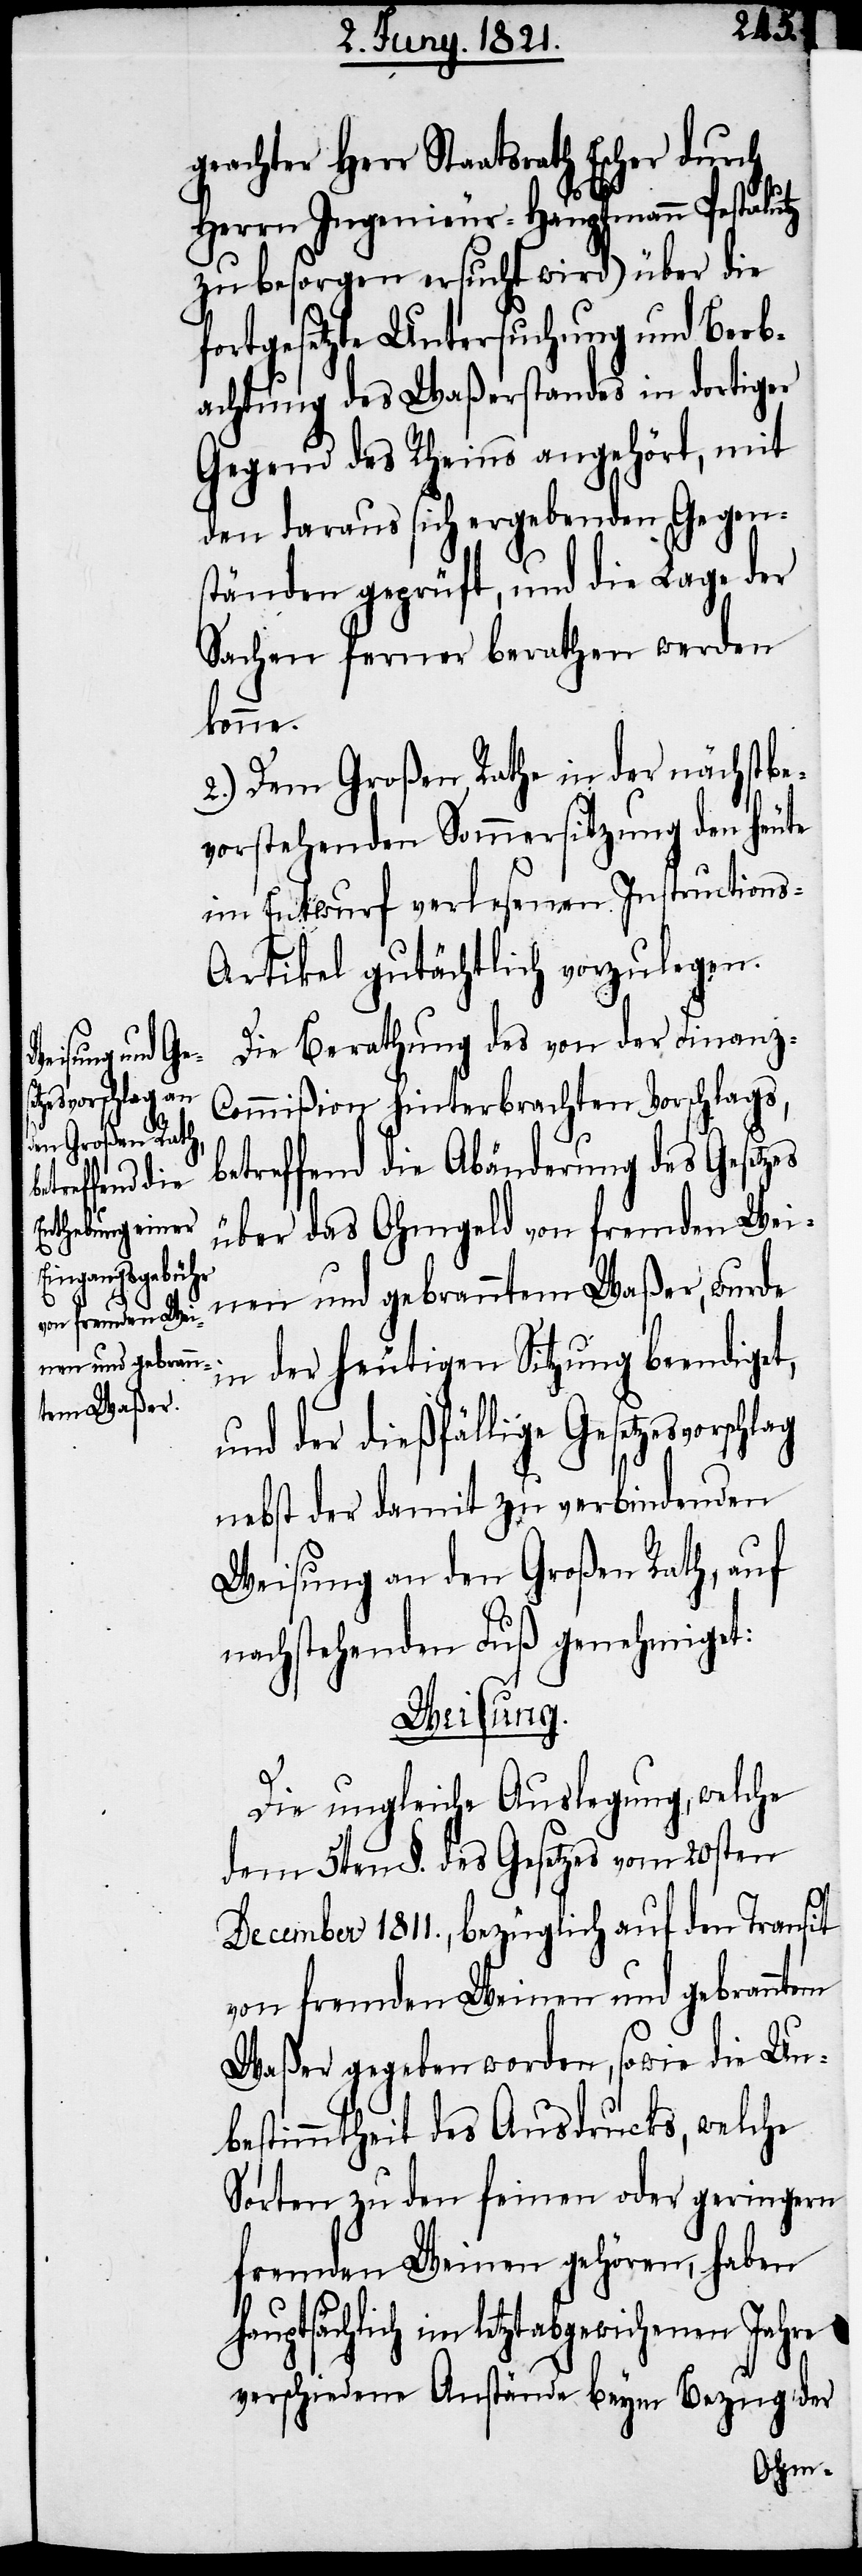
zesvorschlag

et,
geachter Herr Staatsrath Escher durch
Herrn Ingenieur-Hauptmann Pestalutz
zu besorgen ersucht wird) über die
fortgesetzte Untersuchung und Beob¬
achtung des Waßerstandes in dortiger
Gegend des Rheins angehört, mit
den daraus sich ergebenden Gegen¬
ständen geprüft, und die Lage der
Sachen ferner berathen werden
könne.
2.) Dem Großen Rathe in der nächstbe¬
vorstehenden Sommersitzung den heute
im Entwurf verlesenen Instructions-A¬
rtikel gutächtlich vorzulegen.
Die Berathung des von der Finanz-C¬
ommißion hinterbrachten Vorschlags,
betreffend die Abänderung des Gesetzes
über das Ohmgeld von fremden Wei¬
nen und gebranntem Waßer, wurde
in der heutigen Sitzung beendigt¬
und der dießfällige Geset¬
nebst der damit zu verbindenden
Weisung an den Großen Rath, auf
nachstehenden Fuß genehmiget:
Weisung.
Die ungleiche Auslegung, welche
dem 5ten §. des Gesetzes vom 20sten
December 1811., bezüglich auf den Transit
von fremden Weinen und gebranntem
Waßer gegeben worden, sowie die Un¬
bestimmtheit des Ausdrucks welche
Sorten zu den feinen oder geringen
fremden Weinen gehören, haben
sächlich im letztabgewichenen Jahre
verschiedene Anstände beym Bezug der
haupt¬